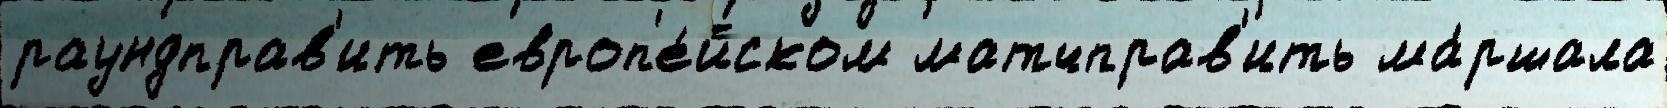
раундправ'ить европ'е́йском матчправ'ить ма́ршала